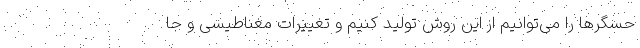
حسگرها را می‌توانیم از این روش تولید کنیم و تغییرات مغناطیسی و جا